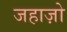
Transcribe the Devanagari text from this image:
जहाज़ो